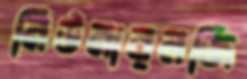
নিউমারলজি